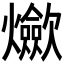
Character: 𱬬